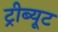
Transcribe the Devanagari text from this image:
ट्रीब्यूट